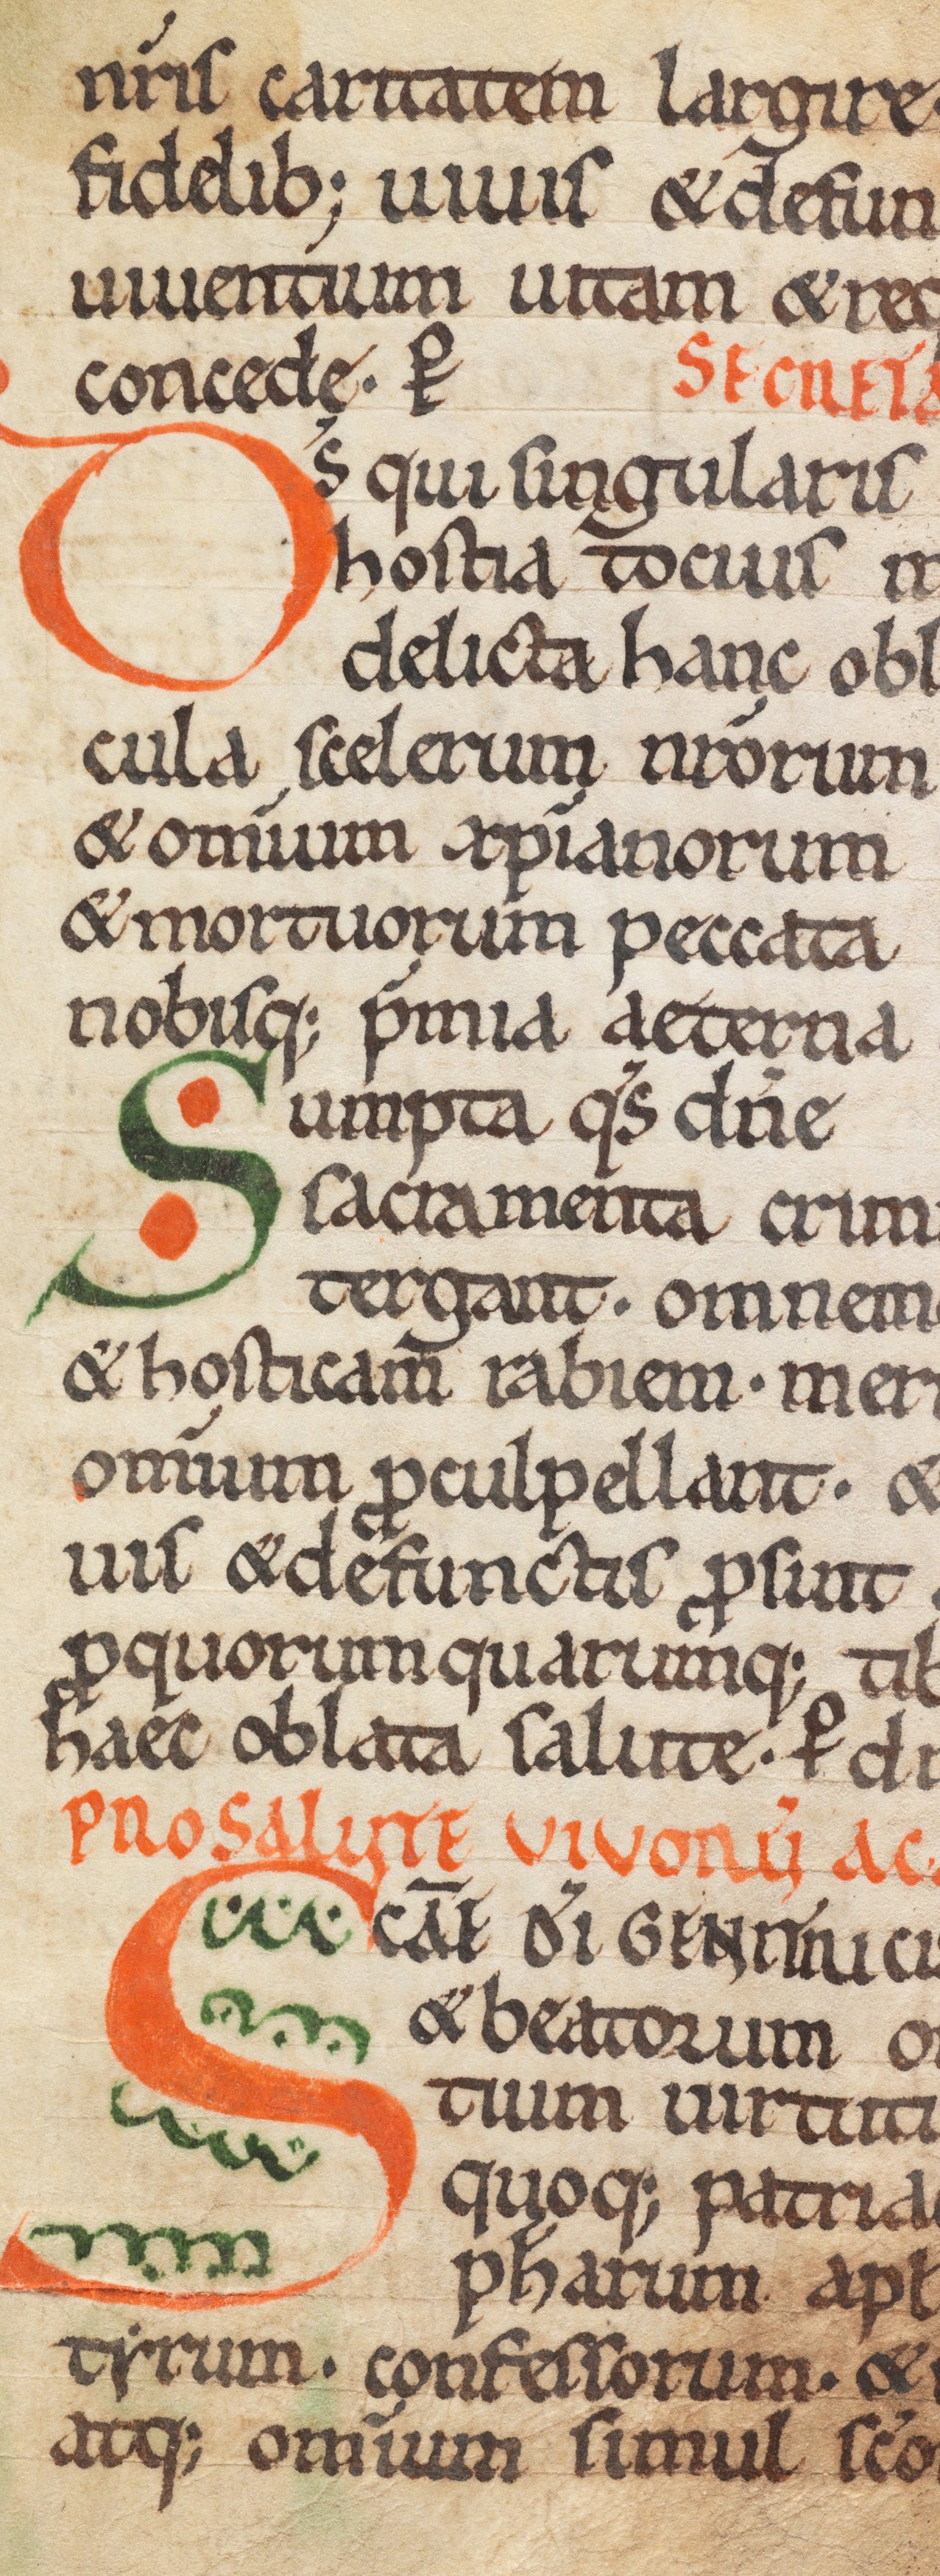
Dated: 1075–1115